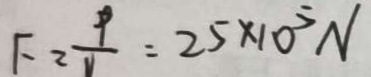
F = \frac { 9 } { v } = 2 5 \times 1 0 ^ { 5 } N